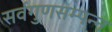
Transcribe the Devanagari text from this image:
सर्वगुणसम्पन्न